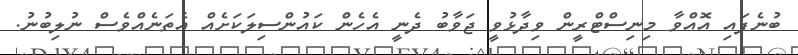
ބުނެފައި އޮއްވާ މިިނިސްޓްރީން ވިދާޅުވީ ޖަވާބު ދެނީ އެހެން ކައުންސިލަކަށެއް އެތަނެއްވެސް ނުލިބުނު.